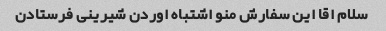
سلام اقا این سفارش منو اشتباه اوردن شیرینی فرستادن